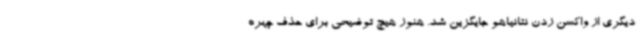
دیگری از واکسن زدن نتانیاهو جایگزین شد. هنوز هیچ توضیحی برای حذف چهره